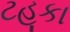
ટહૂકા